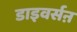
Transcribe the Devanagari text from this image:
डाइवर्सऩ